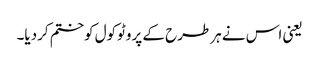
یعنی اس نے ہرطرح کے پروٹوکول کوختم کردیا۔